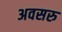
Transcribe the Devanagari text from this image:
अवसरु